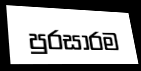
පුරසාරම